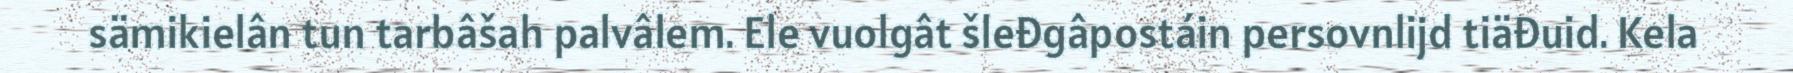
sämikielân tun tarbâšah palvâlem. Ele vuolgât šleđgâpostáin persovnlijd tiäđuid. Kela